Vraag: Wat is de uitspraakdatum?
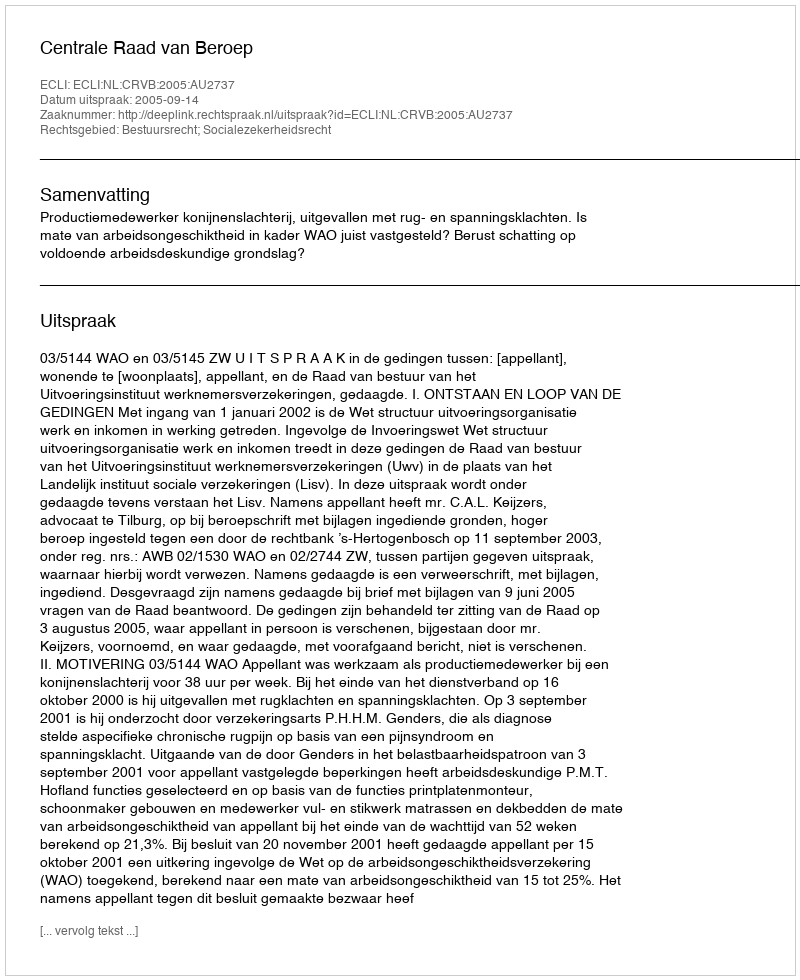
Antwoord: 2005-09-14